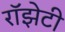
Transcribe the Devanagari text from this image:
रॉझेटी